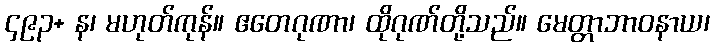
၄၉၃+ န၊ မဟုတ်ကုန်။ ဧတေဂုဏာ၊ ထိုဂုဏ်တို့သည်။ မေတ္တာဘာဝနာယ၊